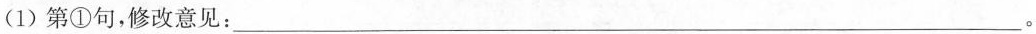
(1)第①句，修改意见：___。